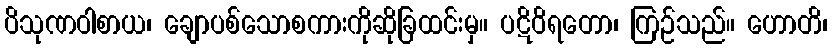
ပိသုဏဝါစာယ၊ ချောပစ်သောစကားကိုဆိုခြထင်းမှ။ ပဋိဝိရတော၊ ကြဉ်သည်။ ဟောတိ၊